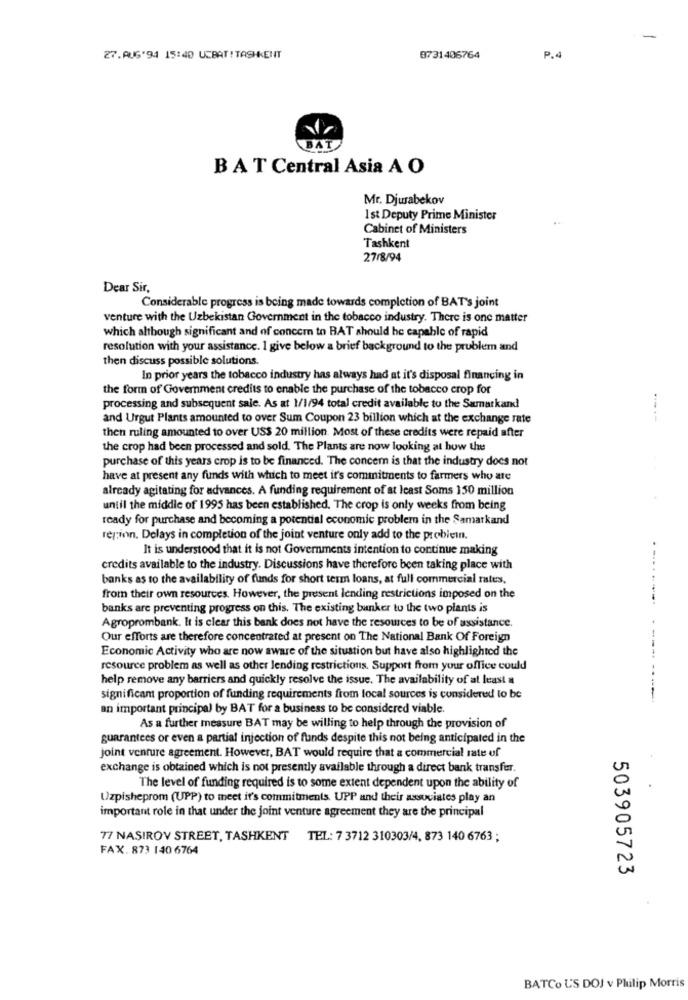
27.AUG'94 15:40 UCBAT!TASHKENT
8731406764
P.4
BAT
B AT Central Asia A O
Mr. Djurabekov
Ist Deputy Prime Minister
Cabinet of Ministers
Tashkent
27/8/94
Dear Sir,
Considerable progress is being made towards completion of BAT's joint
venture with the Uzbekistan Government in the tobacco industry. There is one matter
which although significant and of concern to BAT should be capable of rapid
resolution with your assistance. I give below a brief background to the problem and
then discuss possible solutions.
In prior years the tobacco industry has always had at it's disposal financing in
the form of Government credits to enable the purchase of the tobacco crop for
processing and subsequent sale. As at 1/1/94 total credit available to the Samarkand
and Urgut Plants amounted to over Sum Coupon 23 billion which at the exchange rate
----
then ruling amounted to over US$ 20 million. Most of these credits were repaid after
the crop had been processed and sold. The Plants are now looking at how the
purchase of this years crop is to be financed. The concern is that the industry does not
have at present any funds with which to meet it's commitments to farmers who are
already agitating for advances. A funding requirement of at least Soms 150 million
until the middle of 1995 has been established. The crop is only weeks from being
ready for purchase and becoming a potential economic problem in the Samarkand
region. Delays in completion of the joint venture only add to the problemn.
It is understood that it is not Governments intention to continue making
credits available to the industry. Discussions have therefore been taking place with
banks as to the availability of funds for short term loans, at full commercial rates,
from their own resources. However, the present lending restrictions imposed on the
banks are preventing progress on this. The existing banker to the two plants is
Agroprombank. It is clear this bank does not have the resources to be of assistance.
Our efforts are therefore concentrated at present on The National Bank Of Foreign
Economic Activity who are now aware of the situation but have also highlighted the
resource problem as well as other lending restrictions. Support from your office could
help remove any barriers and quickly resolve the issue. The availability of at least a
significant proportion of funding requirements from local sources is considered to be
------- ---- ----
an important principal by BAT for a business to be considered viable
As a further measure BAT may be willing to help through the provision of
guarantees or even a partial injection of funds despite this not being anticipated in the
joint venture agreement. However, BAT would require that a commercial rate of
exchange is obtained which is not presently available through a direct bank transfer.
The level of funding required is to some extent dependent upon the ability of
Uzpisheprom (UPP) to meet it's commitments. UPP and their associates play an
important role in that under the joint venture agreement they are the principal
77 NASIROV STREET, TASHKENT TEL: 7 3712 310303/4, 873 140 6763 ;
FAX. 873 140 6764
503905723
BATCo U'S DOJ v Plulip Morris